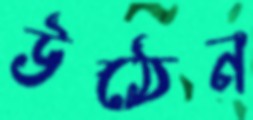
উঠেন